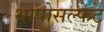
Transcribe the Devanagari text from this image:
थापोसल्फेट